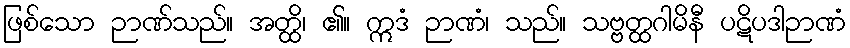
ဖြစ်သော ဉာဏ်သည်။ အတ္ထိ၊ ၏။ ဣဒံ ဉာဏံ၊ သည်။ သဗ္ဗတ္ထဂါမိနီ ပဋိပဒါဉာဏံ